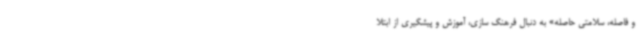
و فاصله، سلامتی حاصله» به دنبال فرهنگ‌ ‌سازی، آموزش و پیشگیری از ابتلا